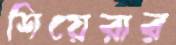
শিয়েরার